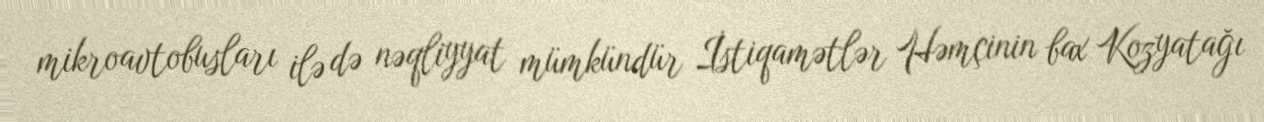
mikroavtobusları ilə də nəqliyyat mümkündür İstiqamətlər Həmçinin bax Kozyatağı